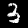
Label: 3